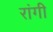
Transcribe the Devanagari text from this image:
रांगी